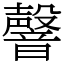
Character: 韾